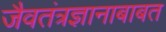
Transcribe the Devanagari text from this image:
जैवतंत्रज्ञानाबाबत